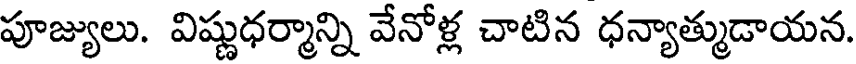
పూజ్యులు. విష్ణుధర్మాన్ని వేనోళ్ల చాటిన ధన్యాత్ముడాయన.